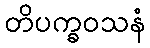
တိပက္ခဝသနံ